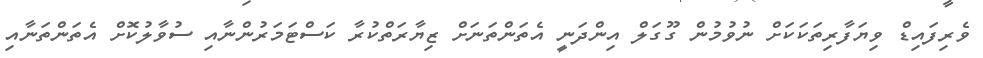
ވެރިފައިޑް ވިޔަފާރިތަކަކަށް ނުވުމުން ގޫގަލް އިންދަނީ އެތަންތަނަށް ޒިޔާރަތްކުރާ ކަސްޓަމަރުންނާއި ސުވާލުކޮށް އެތަންތަނާއި